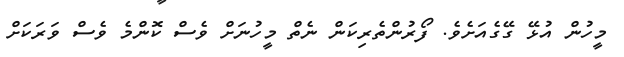
މީހުން އުޅޭ ގޭގެއަށެވެ. ފޯރުންތެރިކަން ނެތް މީހުނަށް ވެސް ކޮންމެ ވެސް ވަރަަކަށް